Annual report of the Prince of Wales Medical College, Patna
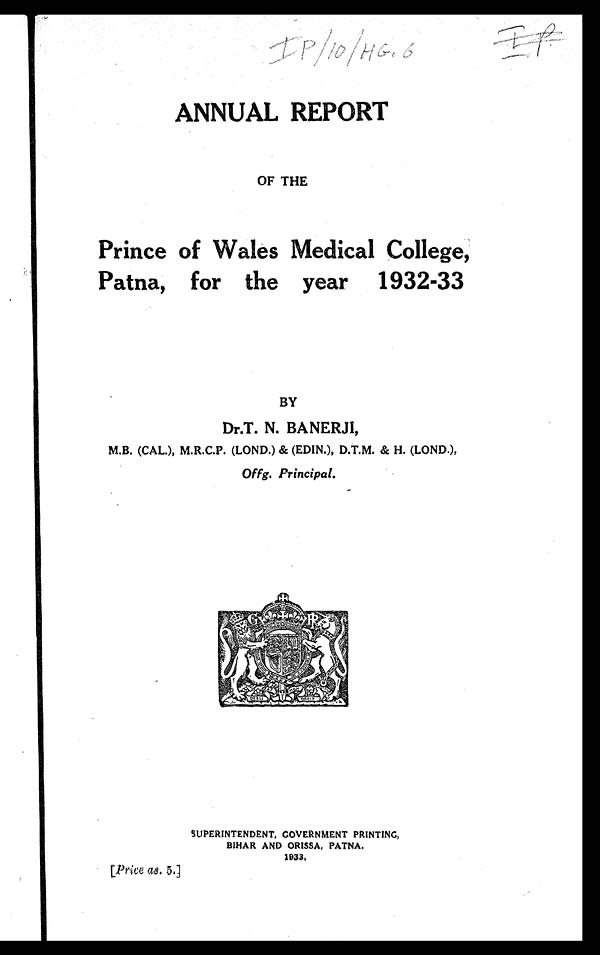
IP|10|HG.6 IP
ANNUAL REPORT
OF THE
Prince of Wales Medical College,
Patna, for the year 1932-33
BY
Dr.T. N. BANERJI,
M.B. (CAL.),M.R.C.P. (LOND.) & (EDIN.), D.T.M. & H. (LOND.),
Offg. Principal.
SUPERINTENDENT, GOVERNMENT PRINTING,
BIHAR AND ORISSA. PATNA.
1933,
[Price as. 5.]